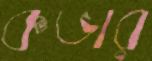
কভার